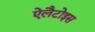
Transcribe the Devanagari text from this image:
ऐलैटोइस